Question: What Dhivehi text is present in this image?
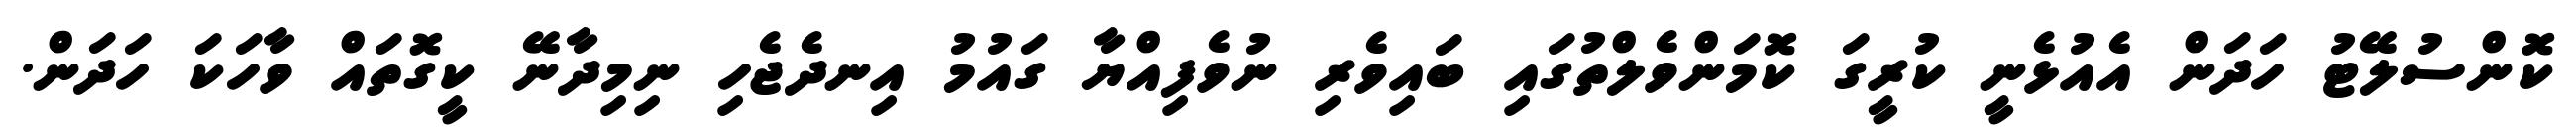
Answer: ކޮންސުލޭޓު ހަދަން އެއުޅެނީ ކުރީގަ ކޮމަންވެލްތުގައި ބައިވެރި ނުވެފިއްޔާ ގައުމު އިނދެޖެހި ނިމިދާނޭ ކީގޮތައް ވާހަކަ ހަދަން.